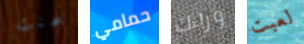
خمنت حمامي وراءك لعبت